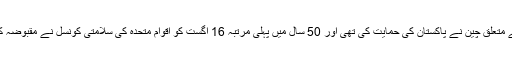
سلامتی کونسل کا اجلاس طلب کرنے سے متعلق چین نے پاکستان کی حمایت کی تھی اور 50 سال میں پہلی مرتبہ 16 اگست کو اقوام متحدہ کی سلامتی کونسل نے مقبوضہ کشمیر کے مسئلے پر اجلاس طلب کیا تھا۔